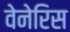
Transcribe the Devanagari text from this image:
वेनेरिस